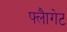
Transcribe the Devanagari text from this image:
फ्लैागेट